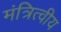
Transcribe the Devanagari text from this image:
मंत्रित्वीय